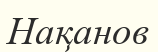
Нақанов